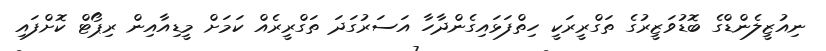
ނިއުޒީލެންޑްގެ ބޮޑުވަޒީރުގެ ތަގްރީރަކީ ހިތްފަޅައިގެންދާހާ އަސަރުގަދަ ތަގްރީރެއް ކަމަށް މީޑިއާއިން ރިޕޯޓް ކޮށްފައި